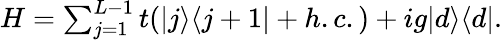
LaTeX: \begin{array}{r}{H=\sum_{j=1}^{L-1}t(|j\rangle\langle j+1|+h.c.)+ig|d\rangle\langle d|.}\end{array}